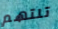
تلتهم